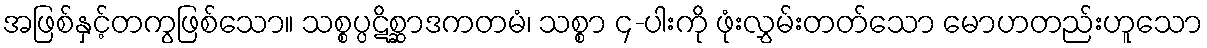
အဖြစ်နှင့်တကွဖြစ်သော။ သစ္စပ္ပဋိစ္ဆာဒကတမံ၊ သစ္စာ ၄-ပါးကို ဖုံးလွှမ်းတတ်သော မောဟတည်းဟူသော